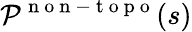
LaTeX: {\cal{P}}^{\mathrm{~n~o~n~-~t~o~p~o~}}(s)